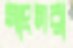
গাংগরা